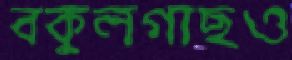
বকুলগাছও